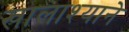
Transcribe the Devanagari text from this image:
खालाश्याने